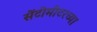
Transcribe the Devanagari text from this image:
सेंटीमीटरच्या